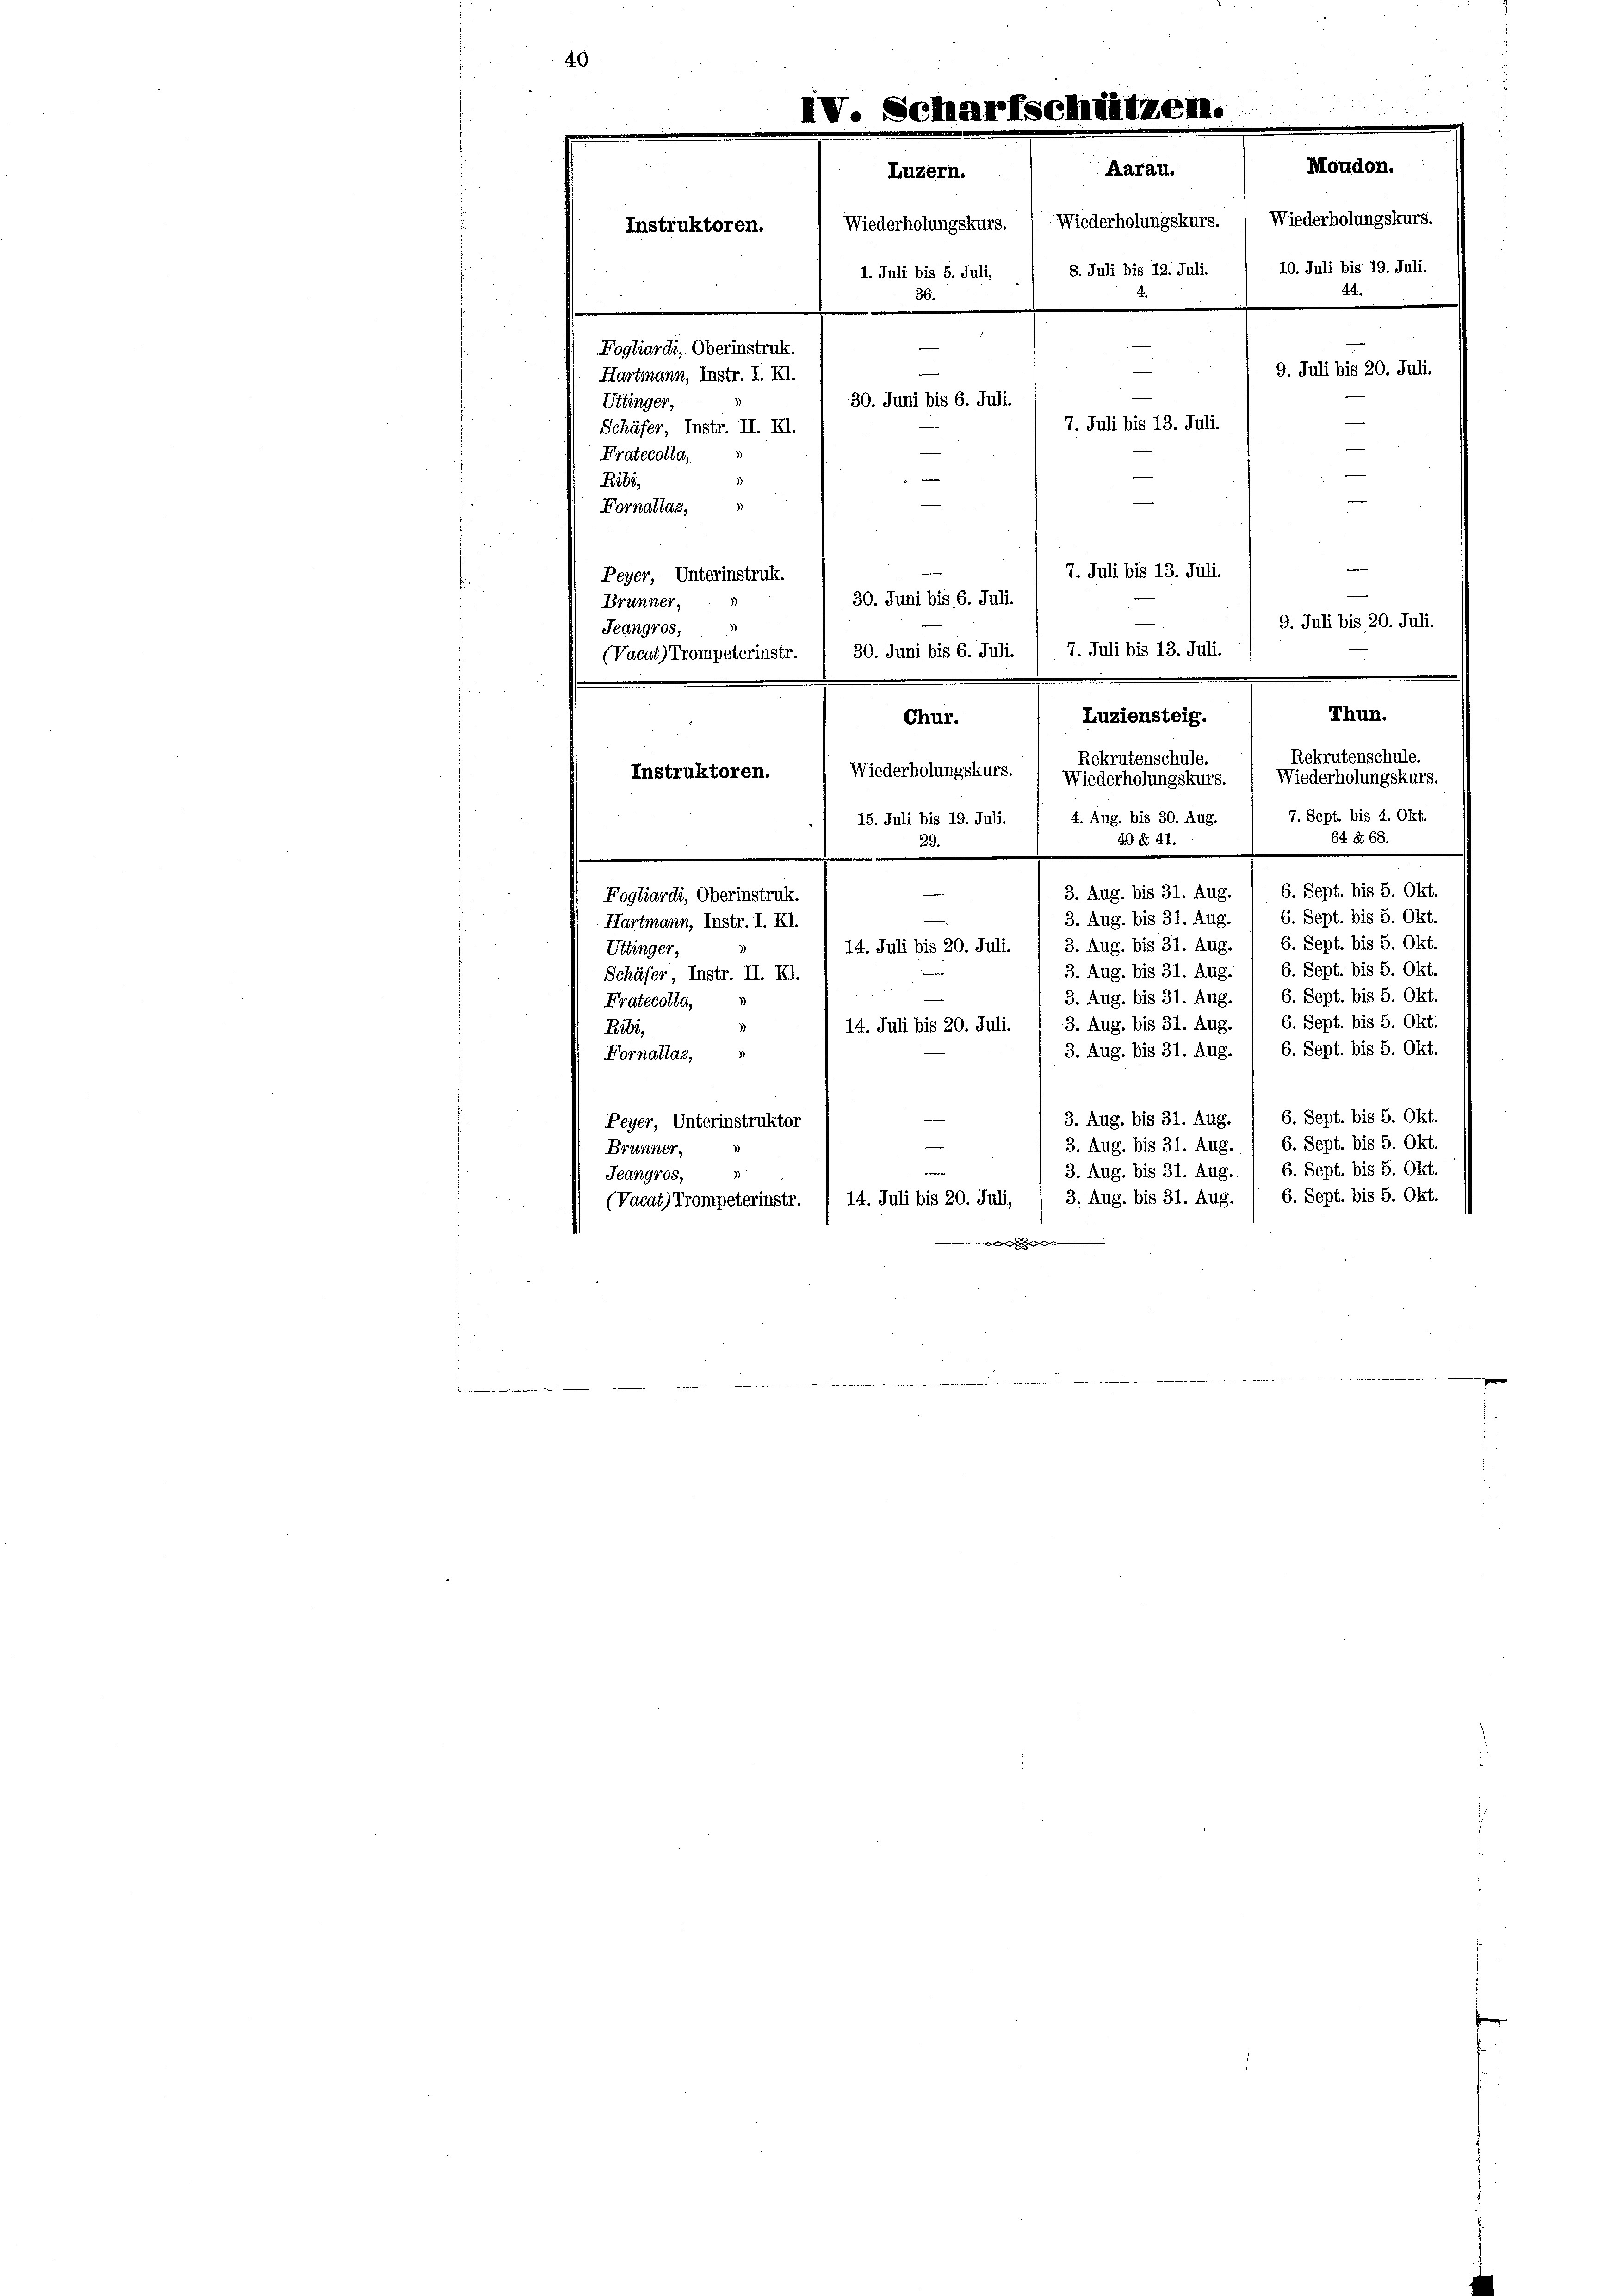
40

Moudon.
Aarau.
Luzern.
Wiederholungskurs.
Wiederholungskurs.  Wiederholungskurs.
10. Juli bis 19. Juli.
8. Juli bis 12. Juli.
1. Juli bis 5. Juli.
.
.

Fogliardi, Oberinstruk.
e
9. Juli bis 20. Juli.
Hartmann, Instr. I. XI.
30. Juni bis 6. Juli.
7. Juli bis 13. Juli.
Schäfer, Instr. II. Kl.
—
—

Instruktoren.

Uttinger,
Fratecolla,
Ribi,
Fornallaz,
7. Juli bis 13. Juli.
Peyer, Unterinstruk.
30. Juni bis 6. Juli.
Brünner,
9. Juli bis 20. Juli.
Jeangros,
7. Juli bis 13. Juli.
30. Juni bis 6. Juli.
(Vacat) Trompeterinstr.
Luziensteig.
Chur.
Rekrutenschule.
Rekrutenschule.
Wiederholungskurs
Instruktoren.
Wiederholungskurs.
Wiederholungskurs.
7. Sept. bis 4. Okt.
4. Aug. bis 30. Aug.
15. Juli bis 19. Juli.
64 f. 68.
40 § 41.
29.
.
6. Sept. bis 5. Okt.
3. Aug. bis 31. Aug.
Fogliardi, Oberinstruk.
3. Aug. bis 31. Aug. ( 6. Sept. bis 5. Okt.
Hartmann, Instr. I. XI.
14. Juli bis 20. Juli. / 3. Aug. bis 31. Aug. 1 6. Sept. bis 5. Okt.
Uttinger,
3. Aug. bis 31. Aug. / 6. Sept. bis 5. Okt.
Schüfer, Instr. II. Kl.
3. Aug. bis 31. Aug. / 6. Sept. bis 5. Okt.
Fratecotta,
3. Aug. bis 31. Aug. 1 6. Sept. bis 5. Okt.
14. Juli bis 20. Juli.
Ribi,
3. Aug. bis 31. Aug. / 6. Sept. bis 5. Okt.
Fornallas,
3. Aug. bis 31. Aug. / 6. Sept. bis 5. Okt.
Peyer, Unterinstruktor
3. Aug. bis 31. Aug. 1 6. Sept. bis 5. Okt.
Brunner,
3. Aug. bis 31. Aug. 1 6. Sept. bis 5. Okt.
.
Jeangros,
6. Sept. bis 5. Okt.
(Vacat) Trompeterinstr. / 14. Juli bis 20. Juli, / 3. Aug. bis 31. Aug.

chätz

Thun.